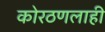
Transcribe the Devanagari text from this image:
कोरठणलाही